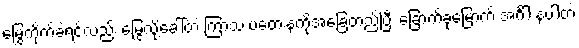
မြွေကိုက်ခဲ့ရင်လည်း မြွေလို့ခေါ်တဲ့ ကြာသ ပတေးနံကိုအခြေတည်ပြီး ခြောက်ခုမြောက် အင်္ဂါ နံပါတဲ့